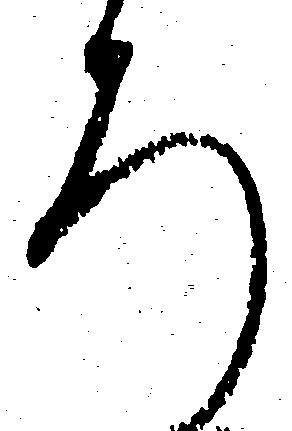
ろ